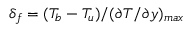
\delta _ { f } = ( T _ { b } - T _ { u } ) / ( \partial T / \partial y ) _ { m a x }